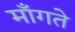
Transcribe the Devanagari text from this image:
मॉँगते